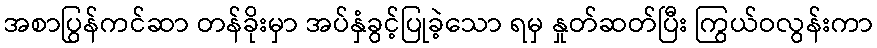
အစာပြွန်ကင်ဆာ တန်ခိုးမှာ အပ်နှံခွင့်ပြုခဲ့သော ရမှ နှုတ်ဆတ်ပြီး ကြွယ်ဝလွန်းကာ